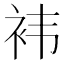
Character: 袆